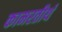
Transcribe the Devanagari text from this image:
कामरतीर्थ